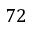
7 2